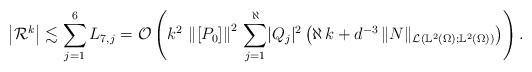
LaTeX: \begin{align*}\left\vert \mathcal{R}^k \right\vert \lesssim \sum_{j=1}^{6} L_{7,j} = \mathcal{O}\left(k^{2} \, \left\lVert[P_0]\right\rVert^2 \, \sum_{j = 1}^\aleph \lvert Q_j \rvert^2 \left( \aleph \, k + d^{-3} \, \lVert N\rVert_{\mathcal{L}(\mathbb{L}^2(\Omega); \mathbb{L}^2(\Omega))} \right) \right).\end{align*}